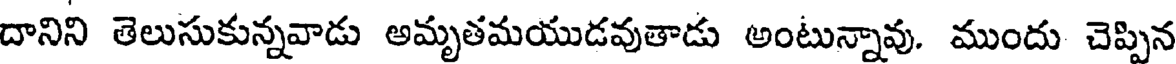
దానిని తెలుసుకున్నవాడు అమృతమయుడవుతాడు అంటున్నావు. ముందు చెప్పిన